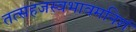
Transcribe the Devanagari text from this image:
तत्सहजस्वभावमनिशं